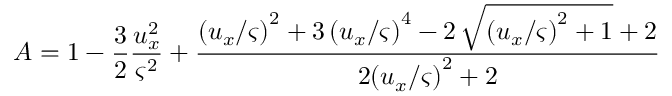
A = 1 - \frac { 3 } { 2 } \frac { u _ { x } ^ { 2 } } { \varsigma ^ { 2 } } + \frac { { ( u _ { x } / \varsigma ) } ^ { 2 } + 3 \, { ( u _ { x } / \varsigma ) } ^ { 4 } - 2 \, \sqrt { { ( u _ { x } / \varsigma ) } ^ { 2 } + 1 } + 2 } { 2 { ( u _ { x } / \varsigma ) } ^ { 2 } + 2 }